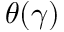
\theta ( \gamma )